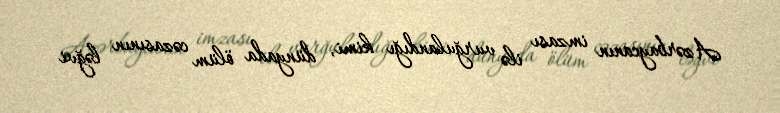
Azərbaycanın imzası ilə vurğulandığı kimi, dünyada ölüm cəzasının ləğvi